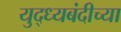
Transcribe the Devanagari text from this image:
युद्ध्यबंदीच्या